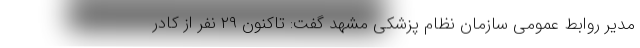
مدیر روابط عمومی سازمان نظام پزشکی مشهد گفت: تاکنون ۲۹ نفر از کادر